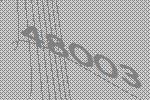
48003